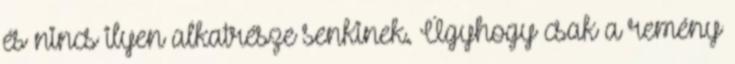
és nincs ilyen alkatrésze senkinek. Úgyhogy csak a remény